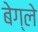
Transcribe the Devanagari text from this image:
बेग्ले